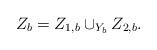
LaTeX: \begin{align*}\begin{aligned}Z_{b}=Z_{1, b}\cup_{Y_{b}}Z_{2, b}.\end{aligned}\end{align*}